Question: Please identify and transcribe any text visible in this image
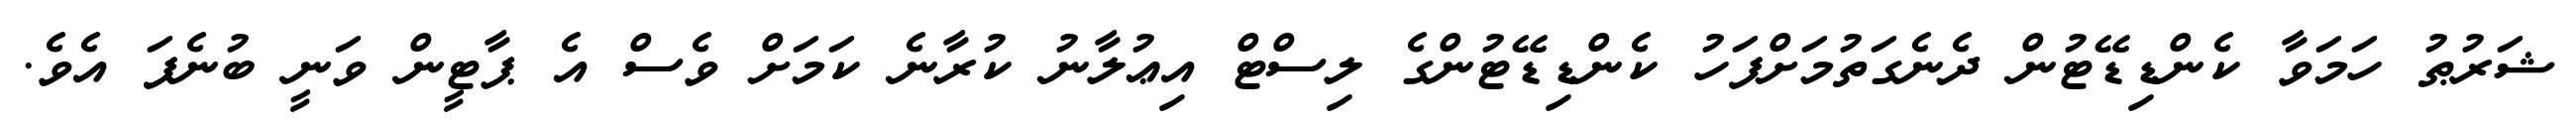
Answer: ޝަރުޠު ހަމަވާ ކެންޑިޑޭޓުން ދެނެގަތުމަށްފަހު ކެންޑިޑޭޓުންގެ ލިސްޓް އިޢުލާނު ކުރާނެ ކަމަށް ވެސް އެ ޕާޓީން ވަނީ ބުނެފަ އެވެ.